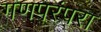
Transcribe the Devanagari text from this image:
गणपरंपरा